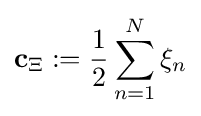
\mathbf {c} _{\Xi }:={\frac {1}{2}}\sum _{n=1}^{N}\xi _{n}